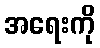
အရေးကို